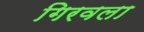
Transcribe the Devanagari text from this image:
गिरवला